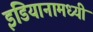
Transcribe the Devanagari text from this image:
इंडियानामध्यी